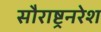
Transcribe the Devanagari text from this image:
सौराष्ट्रनरेश